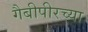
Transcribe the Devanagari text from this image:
गैबीपीरच्या